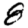
Digit: 8